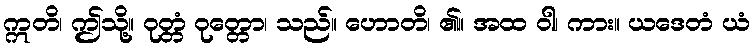
ဣတိ၊ ဤသို့။ ဝုတ္တံ ဝုတ္တော၊ သည်။ ဟောတိ၊ ၏။ အထ ဝါ၊ ကား။ ယဒေတံ ယံ